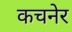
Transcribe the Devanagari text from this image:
कचनेर